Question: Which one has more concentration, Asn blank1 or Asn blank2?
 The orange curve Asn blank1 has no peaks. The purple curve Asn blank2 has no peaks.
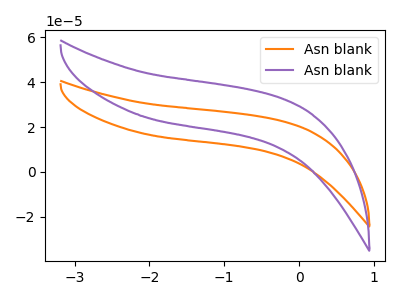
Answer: <think>Neither "Asn blank1" or "Asn blank2" have any peaks.
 </think>
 <answer>I cant tell if "Asn blank1" or "Asn blank2" has higher concentration.</answer>
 <eval>mixed_concentration</eval>